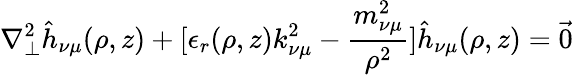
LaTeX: \nabla_{\perp}^{2}\hat{h}_{\nu\mu}(\rho,z)+[\epsilon_{r}(\rho,z)k_{\nu\mu}^{2}-\frac{m_{\nu\mu}^{2}}{\rho^{2}}]\hat{h}_{\nu\mu}(\rho,z)={\vec{0}}